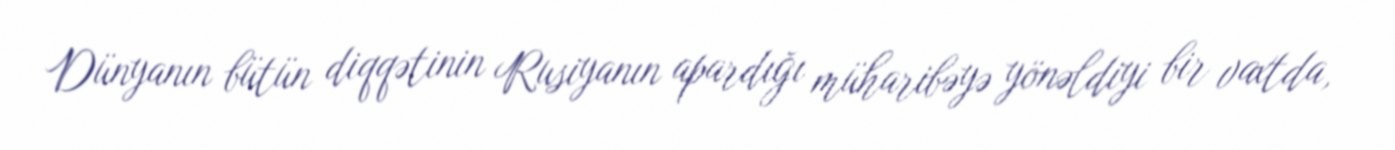
Dünyanın bütün diqqətinin Rusiyanın apardığı müharibəyə yönəldiyi bir vaxtda,